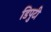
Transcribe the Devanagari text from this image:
डिपुटी